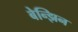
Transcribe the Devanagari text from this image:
बेन्झिन